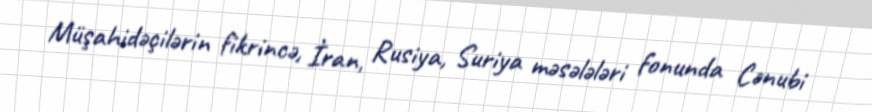
Müşahidəçilərin fikrincə, İran, Rusiya, Suriya məsələləri fonunda Cənubi